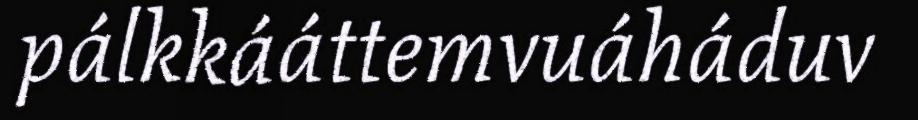
pálkkááttemvuáháduv